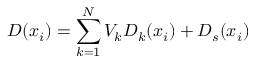
D ( x _ { i } ) = \sum _ { k = 1 } ^ { N } V _ { k } D _ { k } ( x _ { i } ) + D _ { s } ( x _ { i } )